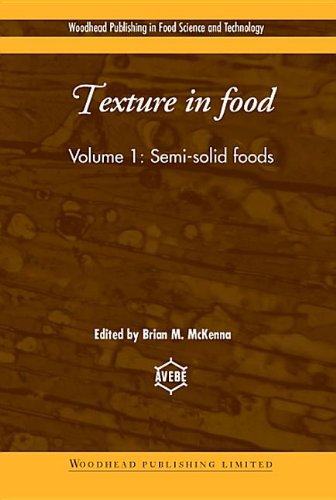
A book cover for Texture in Food: Semi-Solid Foods (Woodhead Publishing Series in Food Science, Technology and Nutrition); Engineering & Transportation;